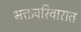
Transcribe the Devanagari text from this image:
भक्तपरिवारात